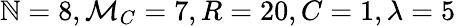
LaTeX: \mathbb{N}=8,\mathcal{{M}}_{C}=7,R=20,C=1,\lambda=5